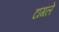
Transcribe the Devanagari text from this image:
टांगले